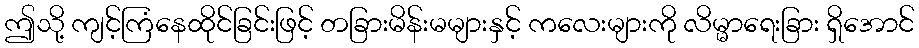
ဤသို့ ကျင့်ကြံနေထိုင်ခြင်းဖြင့် တခြားမိန်းမများနှင့် ကလေးများကို လိမ္မာရေးခြား ရှိအောင်